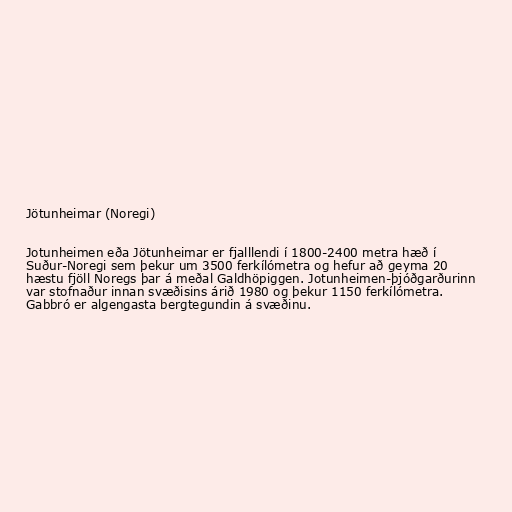
Jötunheimar (Noregi)

Jotunheimen eða Jötunheimar er fjalllendi í 1800-2400 metra hæð í
Suður-Noregi sem þekur um 3500 ferkílómetra og hefur að geyma 20
hæstu fjöll Noregs þar á meðal Galdhöpiggen. Jotunheimen-þjóðgarðurinn
var stofnaður innan svæðisins árið 1980 og þekur 1150 ferkílómetra.
Gabbró er algengasta bergtegundin á svæðinu.